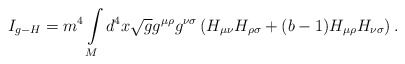
\begin{align*}I_{g-H}=m^{4}\int\limits_{M}d^{4}x\sqrt{g}g^{\mu\rho}g^{\nu\sigma}\left(H_{\mu\nu}H_{\rho\sigma}+(b-1)H_{\mu\rho}H_{\nu\sigma}\right) .\end{align*}